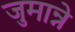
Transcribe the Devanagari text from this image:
जुमान्ने